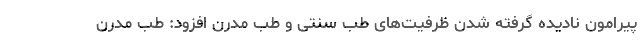
پیرامون نادیده گرفته شدن ظرفیت‌های طب سنتی و طب مدرن افزود: طب مدرن